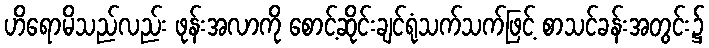
ဟိရောမိသည်လည်း ဖုန်းအလာကို စောင့်ဆိုင်းချင်ရုံသက်သက်ဖြင့် စာသင်ခန်းအတွင်း၌